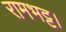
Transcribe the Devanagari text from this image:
रामभट्ट।